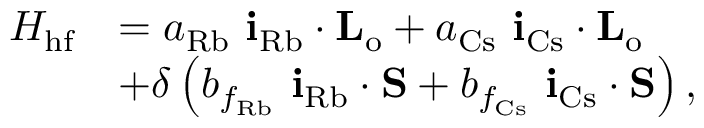
\begin{array} { r l } { H _ { \mathrm { h f } } } & { = a _ { \mathrm { R b } } \ \mathbf { i } _ { \mathrm { R b } } \cdot \mathbf { L _ { \mathrm { o } } } + a _ { \mathrm { C s } } \ \mathbf { i } _ { \mathrm { C s } } \cdot \mathbf { L _ { \mathrm { o } } } } \\ & { + \delta \left( b _ { f _ { \mathrm { R b } } } \ \mathbf { i } _ { \mathrm { R b } } \cdot \mathbf { S } + b _ { f _ { \mathrm { C s } } } \ \mathbf { i } _ { \mathrm { C s } } \cdot \mathbf { S } \right) , } \end{array}